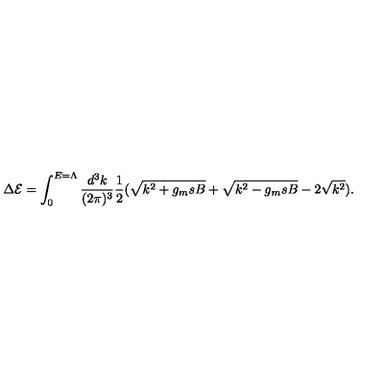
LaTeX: \Delta { \cal E } = \int _ { 0 } ^ { E = \Lambda } { \frac { d ^ { 3 } k } { ( 2 \pi ) ^ { 3 } } } { \frac { 1 } { 2 } } ( \sqrt { k ^ { 2 } + g _ { m } s B } + \sqrt { k ^ { 2 } - g _ { m } s B } - 2 \sqrt { k ^ { 2 } } ) .